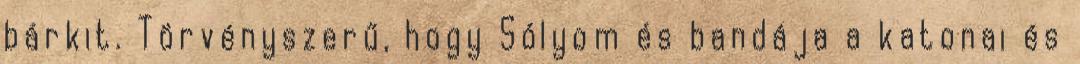
bárkit. Törvényszerű, hogy Sólyom és bandája a katonai és